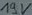
Text: 19V